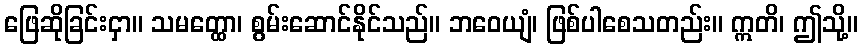
ဖြေဆိုခြင်းငှာ။ သမတ္ထော၊ စွမ်းဆောင်နိုင်သည်။ ဘဝေယျံ၊ ဖြစ်ပါစေသတည်း။ ဣတိ၊ ဤသို့။